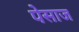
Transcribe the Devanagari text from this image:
पेसाज